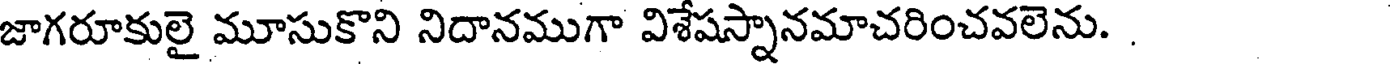
జాగరూకులై మూసుకొని నిదానముగా విశేషస్నానమాచరించవలెను. .